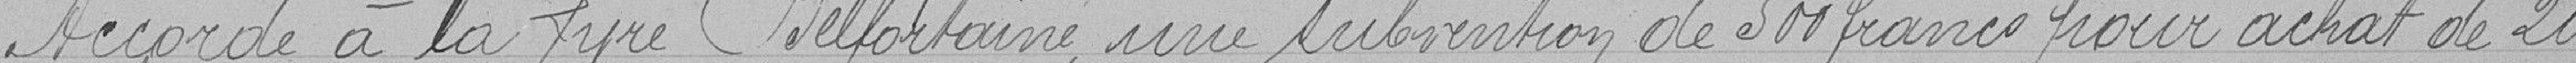
Accorde à la Lyre Belfortaine une subvention de 500 francs pour achat de 20